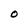
Character: O